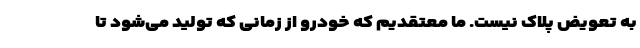
به تعویض پلاک نیست. ما معتقدیم که خودرو از زمانی که تولید می‌شود تا